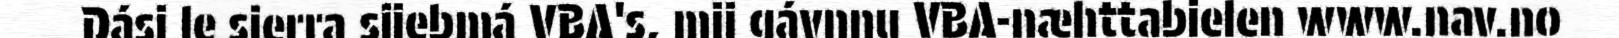
Dási le sierra sjiebmá VBA's, mij gávnnu VBA-næhttabielen www.nav.no